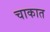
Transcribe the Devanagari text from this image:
चाकात